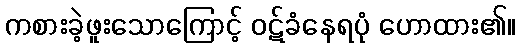
ကစားခဲ့ဖူးသောကြောင့် ဝဋ်ခံနေရပုံ ဟောထား၏။